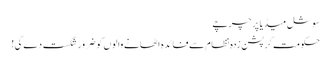
سوشل میڈیا پر چرچے
حکومت کرپشن زدہ نظام سے فائدہ اٹھانے والوں کو ضرور شکست دے گی!